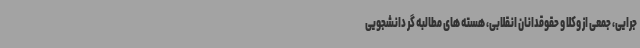
جرایی، جمعی از وکلا و حقوقدانان انقلابی، هسته های مطالبه گر دانشجویی